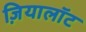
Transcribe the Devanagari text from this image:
ज़ियालॉट